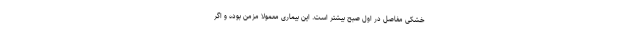
خشکی مفاصل در اول صبح بیشتر است. این بیماری معمولا مزمن بوده و اگر